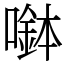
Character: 𡀖